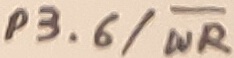
Text: P3.6/WR